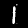
Label: 1